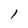
Character: l